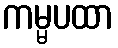
ကမ္မပထာ